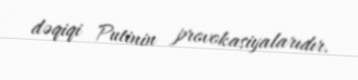
dəqiqi Putinin provokasiyalarıdır.